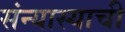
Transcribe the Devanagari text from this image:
संन्यास्याची